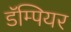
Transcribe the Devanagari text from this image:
डॅम्पियर